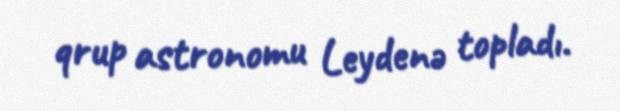
qrup astronomu Leydenə topladı.